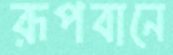
রূপবানে